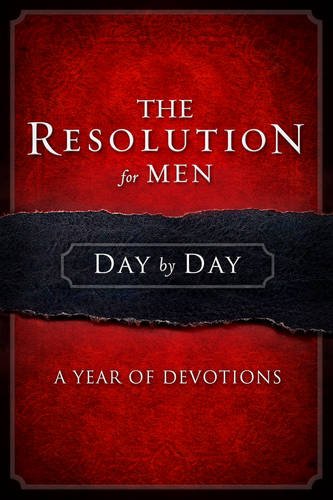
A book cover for The Resolution for Men Day by Day: A Year of Devotions; Stephen Kendrick; Christian Books & Bibles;